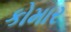
કોમાર